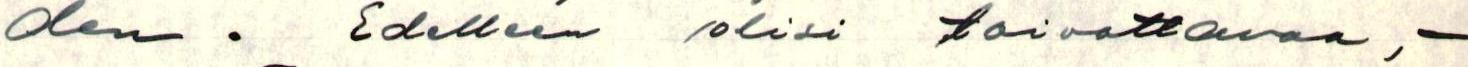
den. Edelleen olisi toivottavaa, -